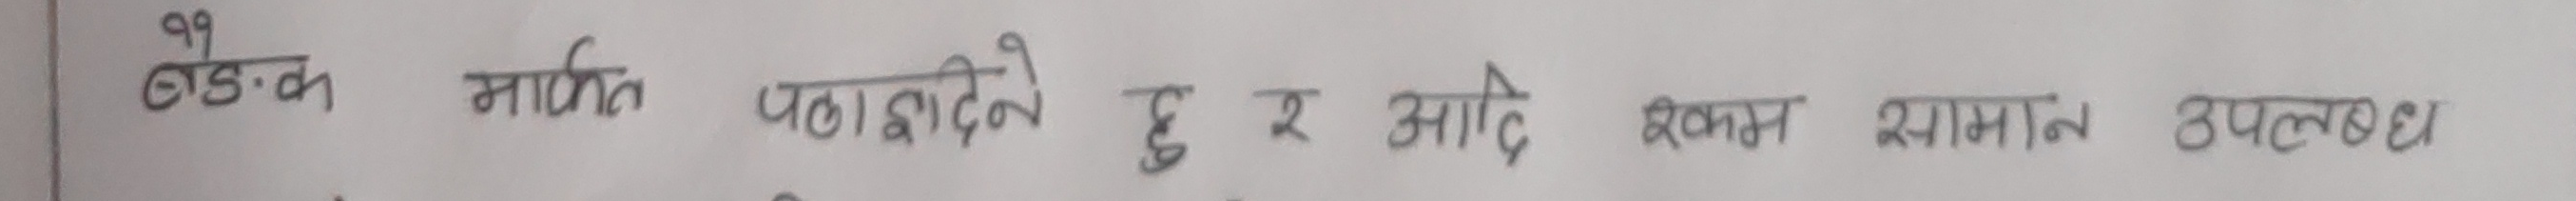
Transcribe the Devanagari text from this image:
बैंक मार्फत पठाई दिने हु र आर्दै रकम सामान उपलब्ध